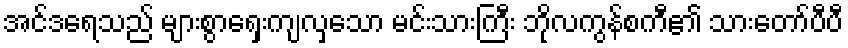
အင်ဒရေသည် များစွာရှေးကျလှသော မင်းသားကြီး ဘိုလကွန်စကီ၏ သားတော်ပီပီ